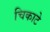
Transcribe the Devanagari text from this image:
चिकाटे